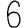
Digit: 6